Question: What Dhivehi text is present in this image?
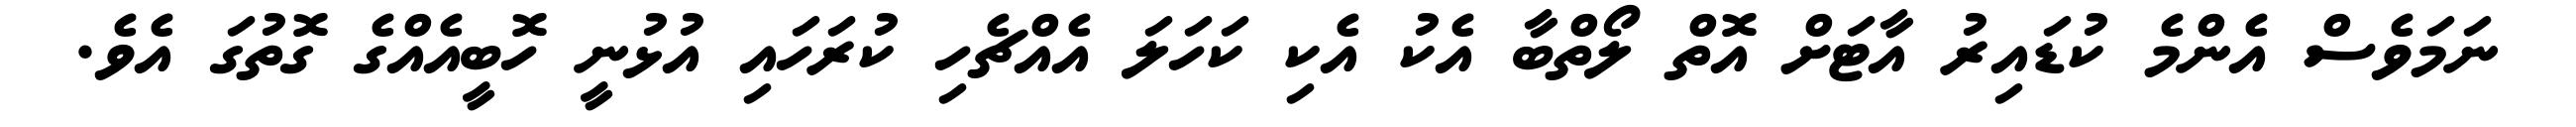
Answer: ނަމަވެސް އެންމެ ކުޑައިރު އާޓަށް އޮތް ލޯތްބާ އެކު އެކި ކަހަލަ އެއްޗެހި ކުރަހައި އުޅުނީ ހޮބީއެއްގެ ގޮތުގަ އެވެ.